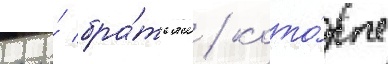
его́ бра́тьям / кото́рые